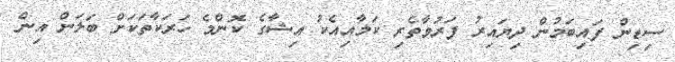
ސިޑިން ފައިބަމުން ދިޔައިރު ފަރުވާތެރި ކަމާއިއެކު އިޝާގެ ކޮންމެ ހަރަކާތަކަށް ބަލަން އިން